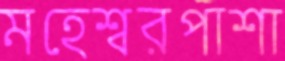
মহেশ্বরপাশা